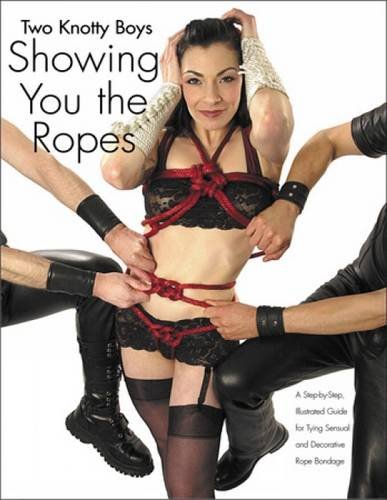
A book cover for Two Knotty Boys Showing You The Ropes: A Step-by-Step, Illustrated Guide for Tying Sensual and Decorative Rope Bondage; Two Knotty Boys; Humor & Entertainment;